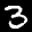
Label: 3